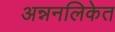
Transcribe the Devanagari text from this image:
अन्ननलिकेत